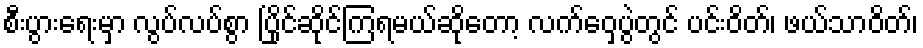
စီးပွားရေးမှာ လွပ်လပ်စွာ ပြိုင်ဆိုင်ကြရမယ်ဆိုတော့ လက်ဝှေ့ပွဲတွင် ပင်းဝိတ်၊ ဖယ်သာဝိတ်၊